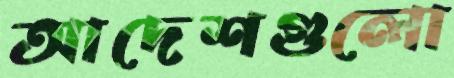
আদেশগুলো